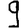
Digit: 9